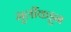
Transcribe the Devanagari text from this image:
मुलींकडून